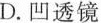
D.凹透镜